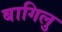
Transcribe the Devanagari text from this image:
बागिलु